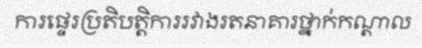
ការផ្ទេរប្រតិបត្តិការរវាងរតនាគារថ្នាក់កណ្តាល